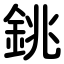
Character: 銚